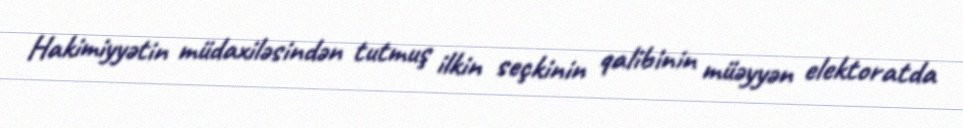
Hakimiyyətin müdaxiləsindən tutmuş ilkin seçkinin qalibinin müəyyən elektoratda